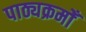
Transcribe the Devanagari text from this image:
पाठ्यक्रमोँ